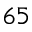
6 5